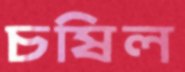
চষিল